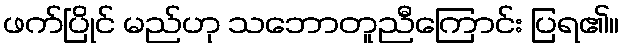
ဖက်ပြိုင် မည်ဟု သဘောတူညီကြောင်း ပြရ၏။